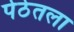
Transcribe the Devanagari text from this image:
पेठेतला